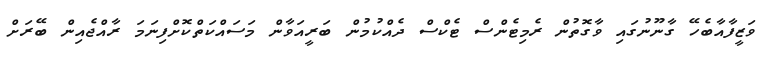
ވަޒީފާއާބެހޭ ގާނޫނުގައި ވާގޮތުން ރެމިޓެންސް ޓެކްސް ދެއްކުމުން ބަރީއަވާން މަސައްކަތްކޮށްފިނަމަ ރާއްޖެއިން ބޭރަށް